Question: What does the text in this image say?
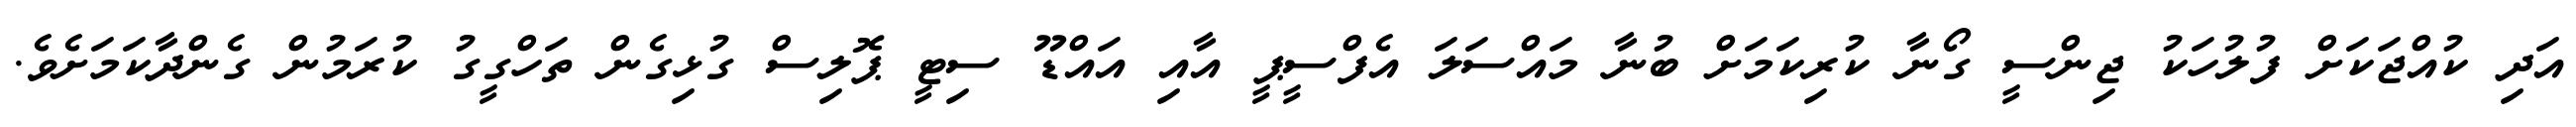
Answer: އަދި ކުއްޖަކަށް ފުލުހަކު ޖިންސީ ގޯނާ ކުރިކަމަށް ބުނާ މައްސަލަ އެފްސީޕީ އާއި އައްޑޫ ސިޓީ ޕޮލިސް ގުޅިގެން ތަހްގީގު ކުރަމުން ގެންދާކަމަށެވެ.